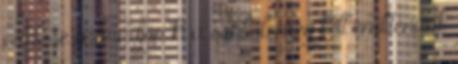
celeb se maradjon ki a sorból, meg kell említenünk